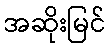
အဆိုးမြင်